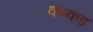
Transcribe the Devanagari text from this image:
कन्कड़